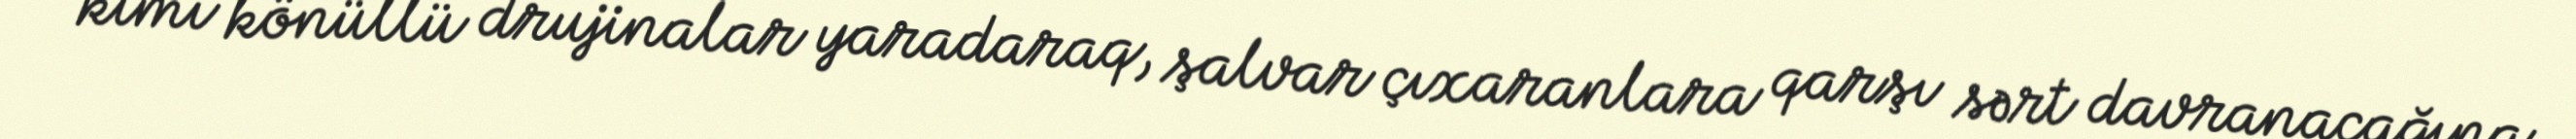
kimi könüllü drujinalar yaradaraq, şalvar çıxaranlara qarşı sərt davranacağına